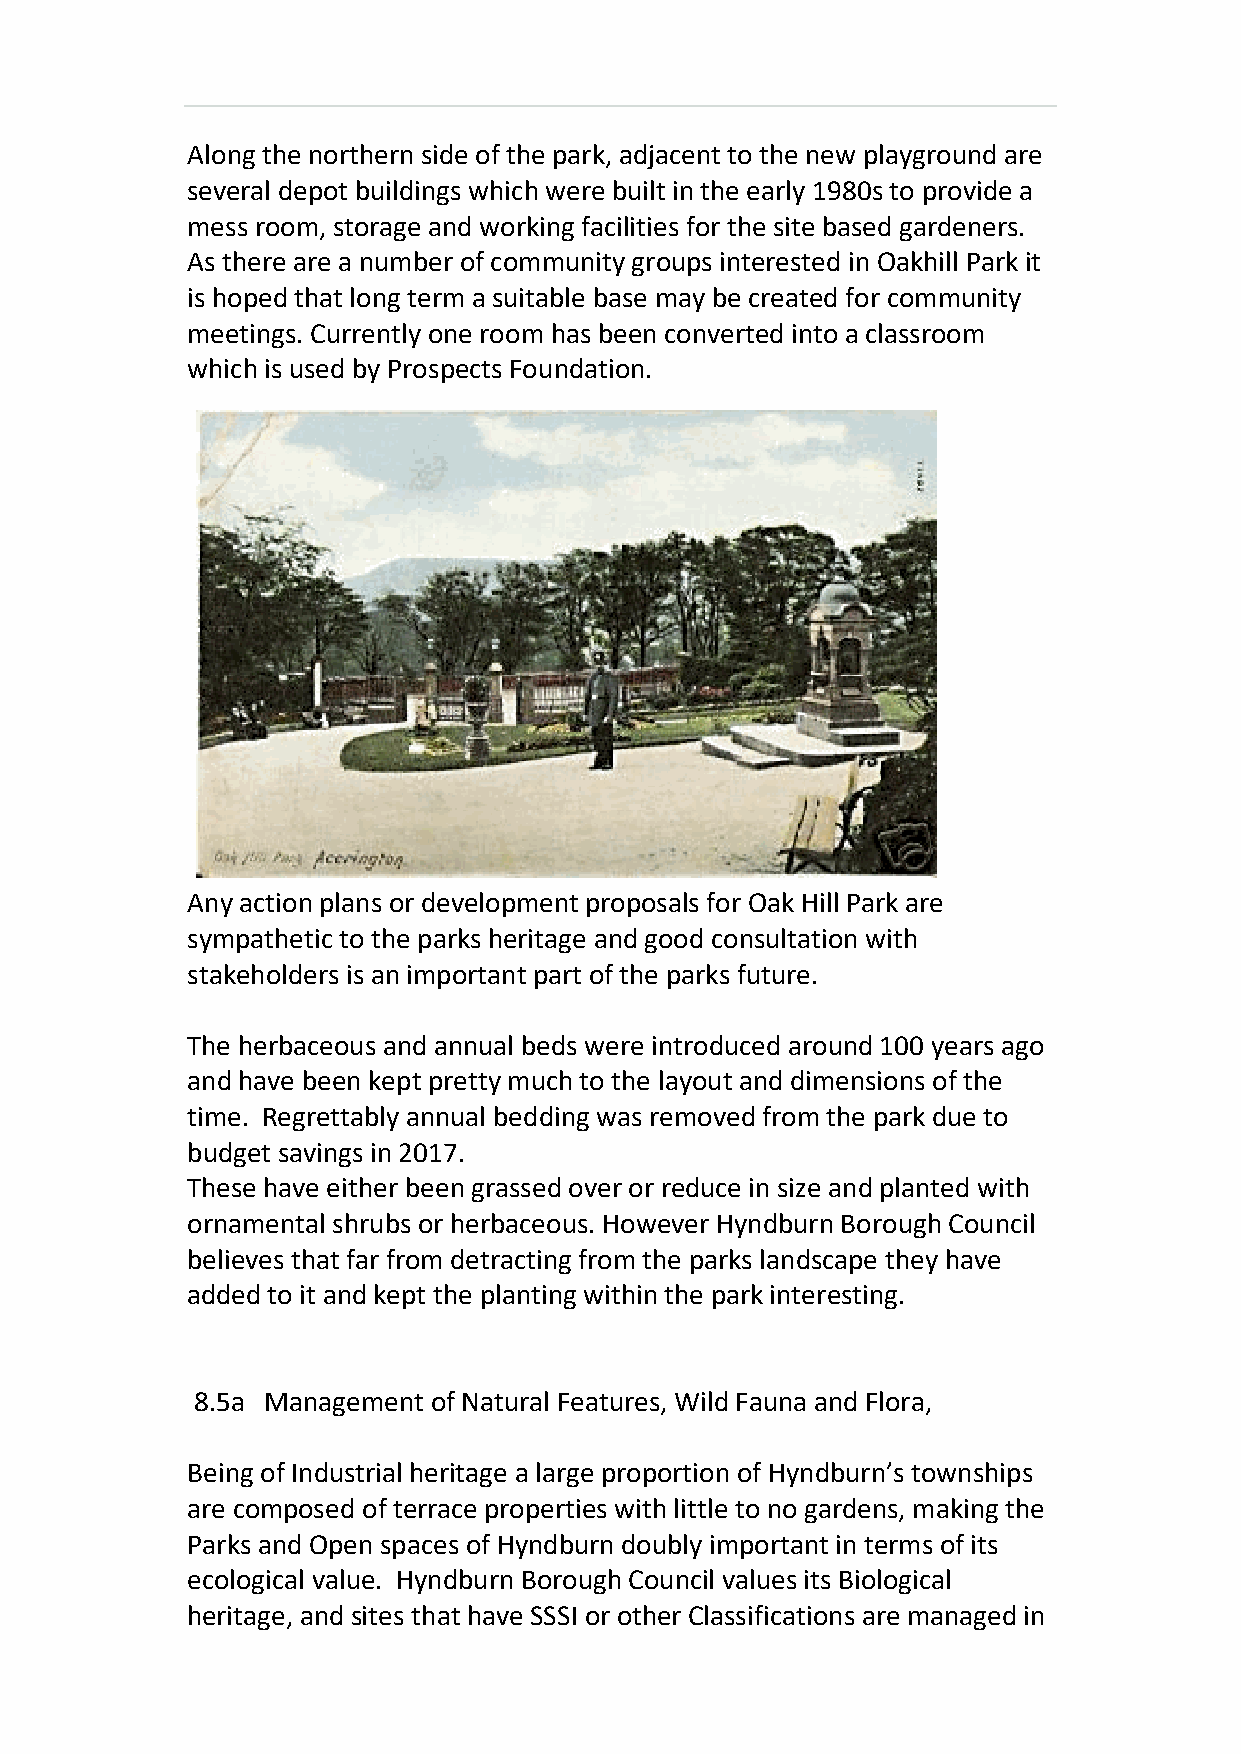
Along the northern side of the park, adjacent to the new playground are
 several depot buildings which were built in the early 1980s to provide a
 mess room, storage and working facilities for the site based gardeners.
 As there are a number of community groups interested in Oakhill Park it
 is hoped that long term a suitable base may be created for community
 meetings. Currently one room has been converted into a classroom
 which is used by Prospects Foundation.
 Any action plans or development proposals for Oak Hill Park are
 sympathetic to the parks heritage and good consultation with
 stakeholders is an important part of the parks future.
 The herbaceous and annual beds were introduced around 100 years ago
 and have been kept pretty much to the layout and dimensions of the
 time. Regrettably annual bedding was removed from the park due to
 budget savings in 2017.
 These have either been grassed over or reduce in size and planted with
 ornamental shrubs or herbaceous. However Hyndburn Borough Council
 believes that far from detracting from the parks landscape they have
 added to it and kept the planting within the park interesting.
 8.5a Management of Natural Features, Wild Fauna and Flora,
 Being of Industrial heritage a large proportion of Hyndburn’s townships
 are composed of terrace properties with little to no gardens, making the
 Parks and Open spaces of Hyndburn doubly important in terms of its
 ecological value. Hyndburn Borough Council values its Biological
 heritage, and sites that have SSSI or other Classifications are managed in